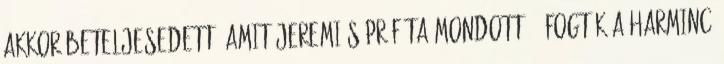
Akkor beteljesedett, amit Jeremiás próféta mondott: ,,Fogták a harminc